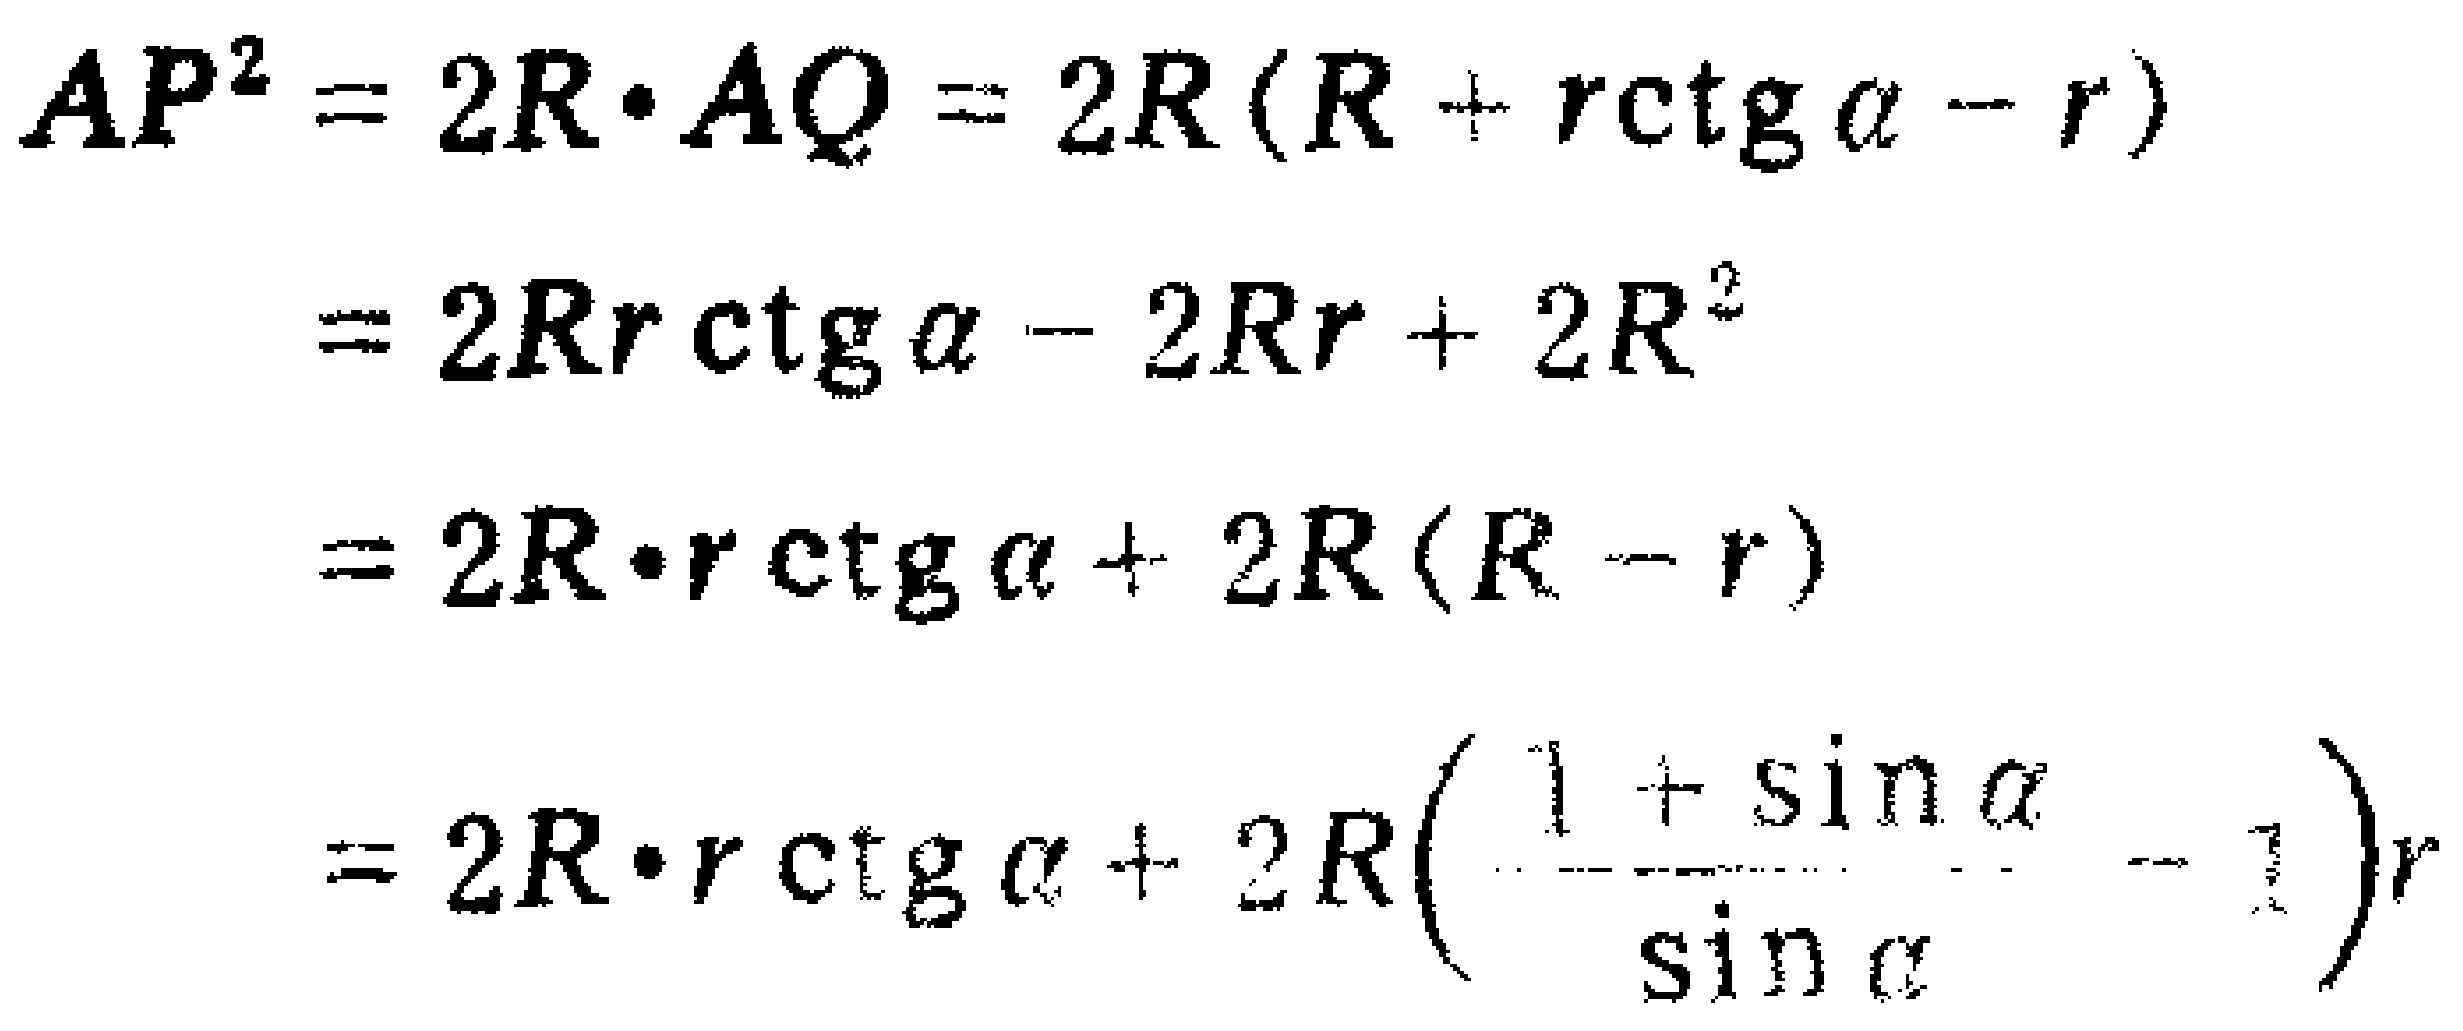
\[
\begin{align*}
AP^{2}&=2R\cdot AQ = 2R(R + r\mathrm{ctg}\alpha - r)\\
&=2Rr\mathrm{ctg}\alpha - 2Rr + 2R^{2}\\
&=2R\cdot r\mathrm{ctg}\alpha+ 2R(R - r)\\
&=2R\cdot r\mathrm{ctg}\alpha+ 2R\left(\frac{1 + \sin\alpha}{\sin\alpha}- 1\right)r
\end{align*}
\]